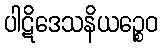
ပါဋိဒေသနိယဉ္စေဝ